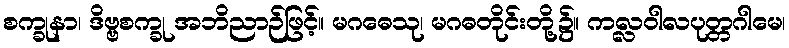
စက္ခုနာ၊ ဒိဗ္ဗစက္ခု အဘိညာဉ်ဖြင့်။ မဂဓေသု၊ မဂဓတိုင်းတို့၌။ ကလ္လဝါလပုတ္တဂါမေ၊